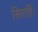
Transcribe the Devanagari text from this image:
सिराहिं।